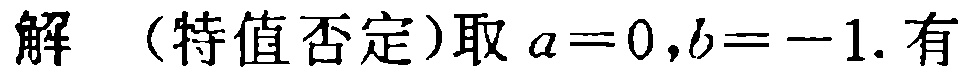
解 （特值否定）取 \(a = 0,b = -1\). 有